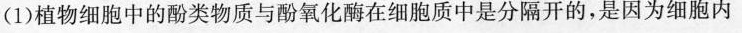
(1)植物细胞中的酚类物质与酚氧化酶在细胞质中是分隔开的，是因为细胞内